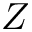
Z